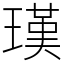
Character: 𤨢